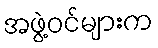
အဖွဲ့ဝင်များက